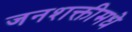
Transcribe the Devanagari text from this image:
जनशक्तीमधे